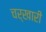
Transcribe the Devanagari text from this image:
चर्खारी